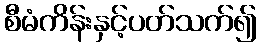
စီမံကိန်းနှင့်ပတ်သက်၍